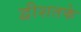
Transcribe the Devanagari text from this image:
द्वीशतके